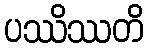
ပဿိဿတိ